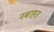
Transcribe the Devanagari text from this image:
नबाहत